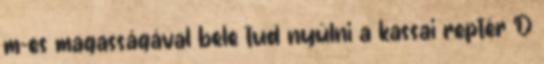
m-es magasságával bele tud nyúlni a kassai reptér D